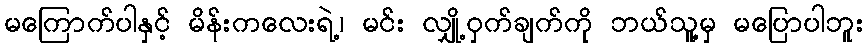
မကြောက်ပါနှင့် မိန်းကလေးရဲ့၊ မင်း လျှို့ဝှက်ချက်ကို ဘယ်သူ့မှ မပြောပါဘူး